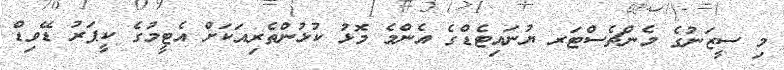
މި ސީޒަނުގެ މެންޗެސްޓަރ ޔުނައިޓެޑްގެ އެންމެ މޮޅު ކުޅުންތެރިއަކަށް އެޓީމުގެ ކީޕަރު ޑޭވިޑް